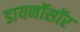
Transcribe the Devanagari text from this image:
डायनॉसॉर